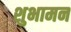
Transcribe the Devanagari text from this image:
शुभामन